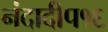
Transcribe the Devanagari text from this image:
नंदादीप१६